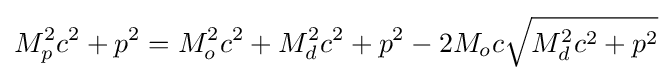
M_{p}^{2}c^{2}+p^{2}=M_{o}^{2}c^{2}+M_{d}^{2}c^{2}+p^{2}-2M_{o}c{\sqrt {M_{d}^{2}c^{2}+p^{2}}}